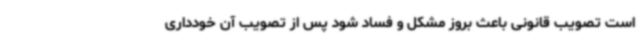
است تصویب قانونی باعث بروز مشکل و فساد شود پس از تصویب آن خودداری